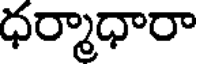
ధర్మాధారా